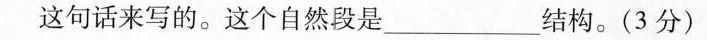
这句话来写的。这个自然段是___结构。(3分)